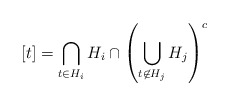
\begin{align*} [t] = \bigcap\limits_{t \in H_i} H_i \cap \left(\bigcup\limits_{t \not\in H_j} H_j\right)^c\end{align*}